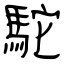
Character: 駝